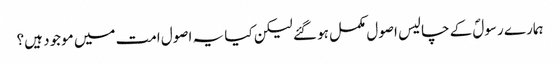
ہمارے رسولؐ کے چالیس اصول مکمل ہو گئے لیکن کیا یہ اصول امت میں موجود ہیں؟